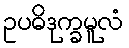
ဥပဓိဒုက္ခမူလံ